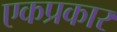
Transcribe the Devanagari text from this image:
एकप्रकार